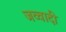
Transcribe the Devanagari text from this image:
जव्वादी